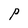
Character: P